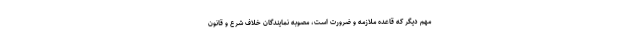
مهم دیگر که قاعده ملازمه و ضرورت است، مصوبه نمایندگان خلاف شرع و قانون